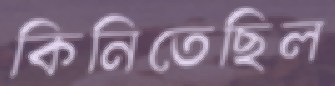
কিনিতেছিল